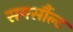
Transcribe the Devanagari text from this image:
समर्सौल्ट